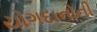
યોગદાનોની